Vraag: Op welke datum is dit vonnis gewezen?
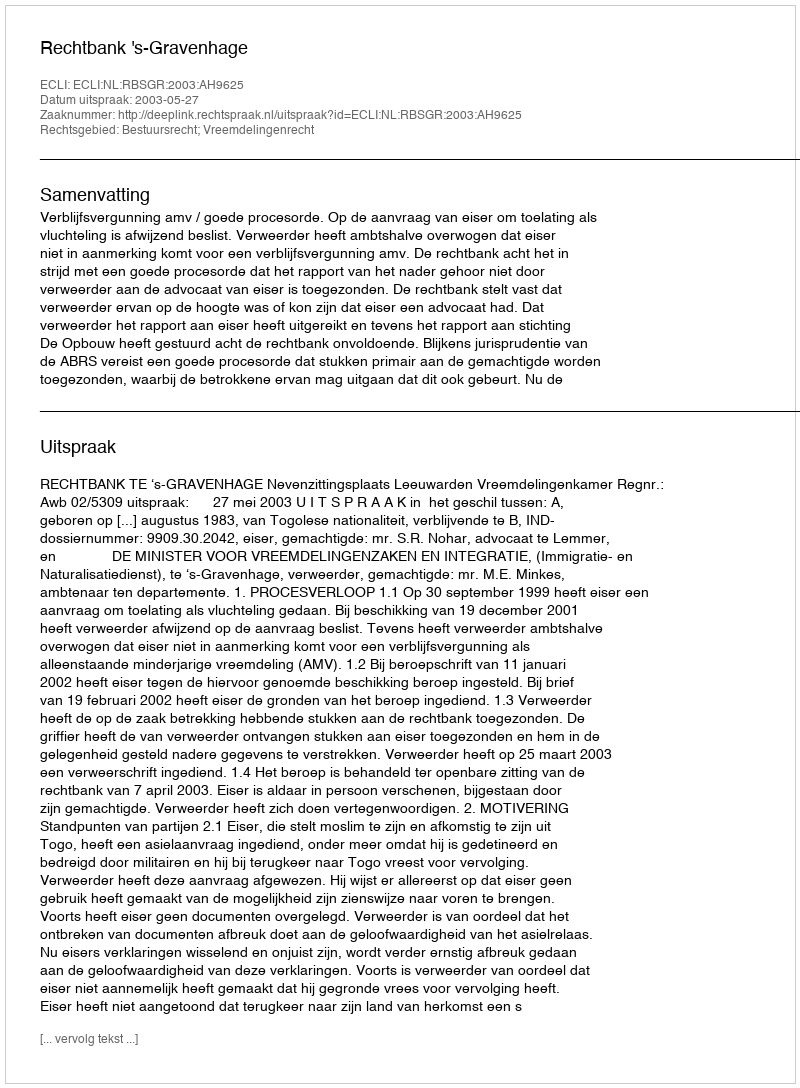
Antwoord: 2003-05-27